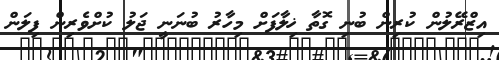
އިޒްރޭލުން ކުރިން ބުނި ގޮތާ ޚިލާފަށް މިހާރު ބުނަނީ ޖަލު ކުށްވެރިން ފިލަން